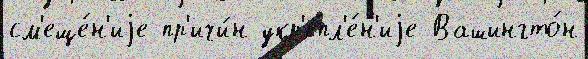
см'еще́н'иjе пр'ичи́н укр'епл'е́н'иjе Вашингто́н